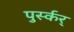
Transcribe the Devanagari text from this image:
पुर्स्कर्